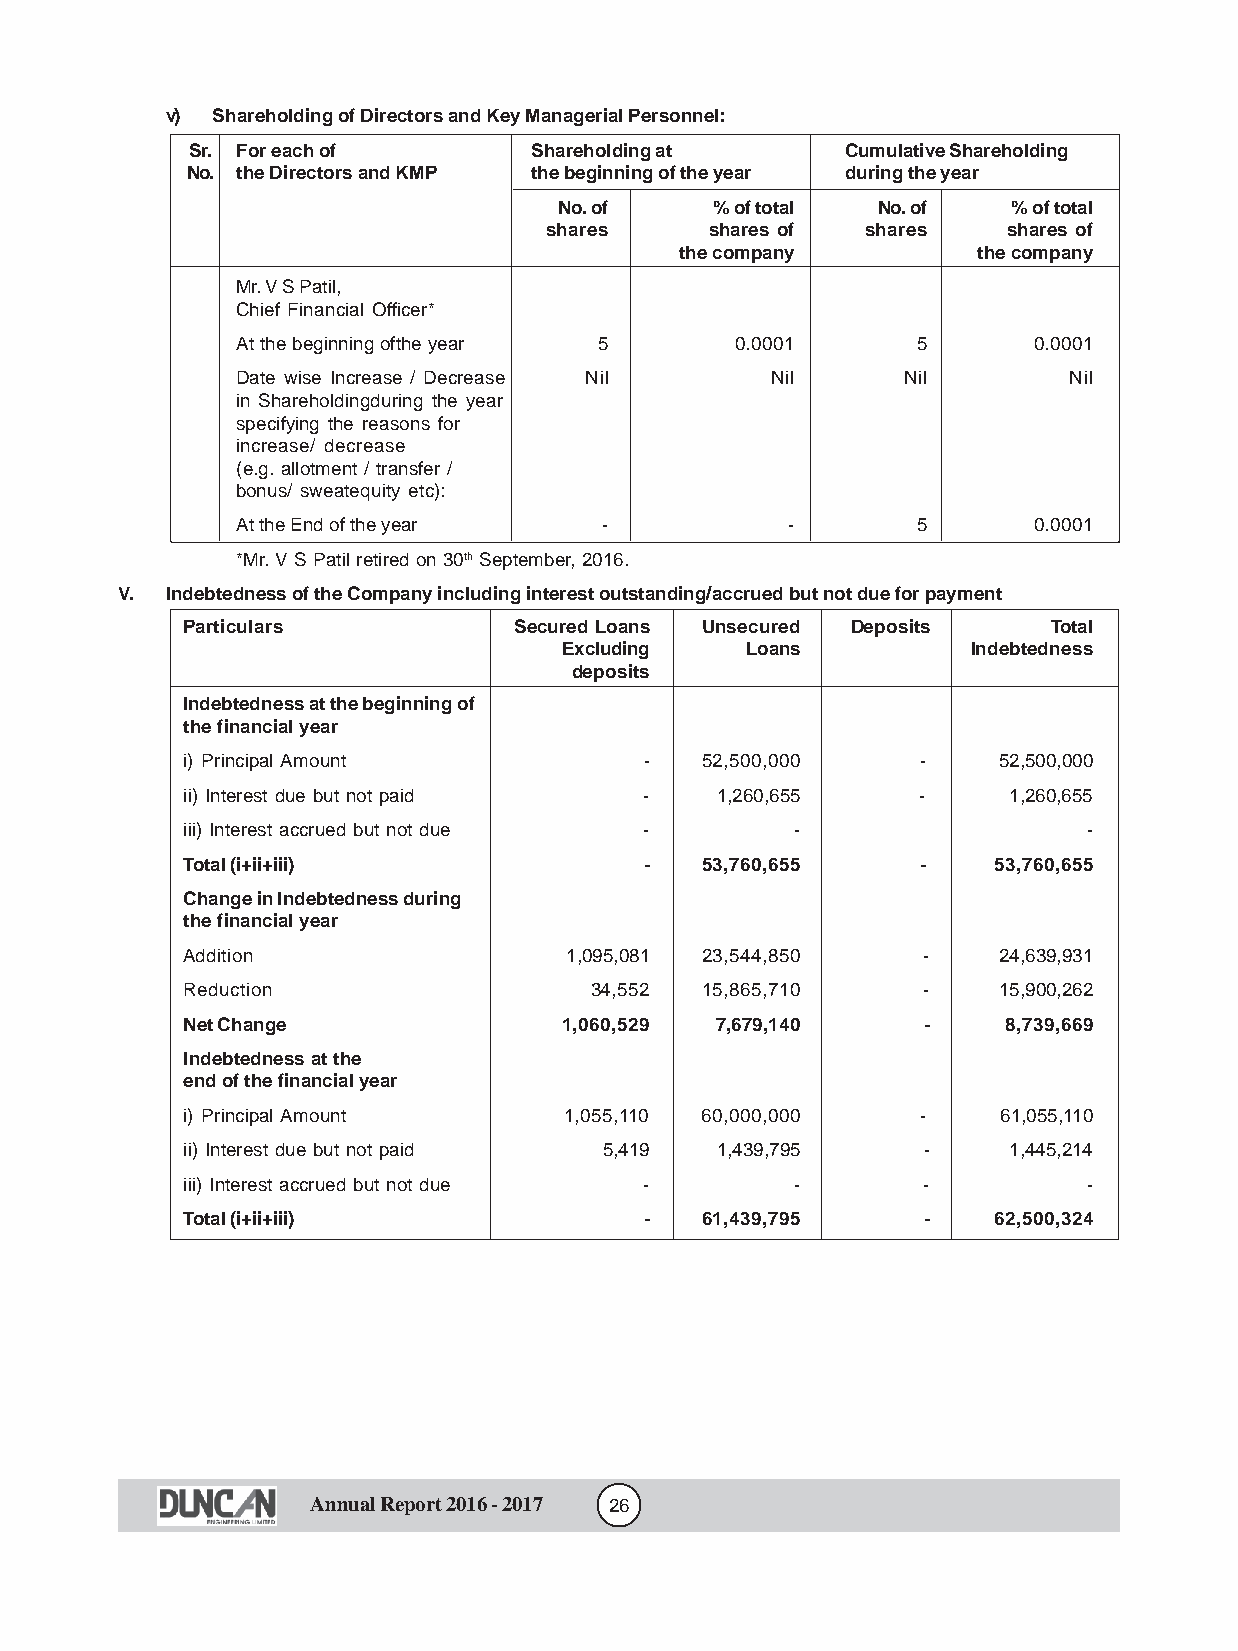
v) Shareholding of Directors and Key Managerial Personnel:
 Sr. For each of       Shareholding at      Cumulative Shareholding
 No. the Directors and KMP the beginning of the year during the year
 No. of    % of total No. of   % of total
 shares     shares of shares    shares of
 the company         the company
 Mr. V S Patil,
 Chief Financial Officer*
 At the beginning ofthe year 5    0.0001      5      0.0001
 Date wise Increase / Decrease Nil  Nil      Nil        Nil
 in Shareholdingduring the year
 specifying the reasons for
 increase/ decrease
 (e.g. allotment / transfer /
 bonus/ sweatequity etc):
 At the End of the year  -           -        5      0.0001
 *Mr. V S Patil retired on 30th September, 2016.
 V. Indebtedness of the Company including interest outstanding/accrued but not due for payment
 Particulars           Secured Loans Unsecured Deposits    Total
 Excluding   Loans          Indebtedness
 deposits
 Indebtedness at the beginning of
 the financial year
 i) Principal Amount            -  52,500,000     -    52,500,000
 ii) Interest due but not paid  -   1,260,655     -     1,260,655
 iii) Interest accrued but not due -      -                  -
 Total (i+ii+iii)               -  53,760,655     -    53,760,655
 Change in Indebtedness during
 the financial year
 Addition                 1,095,081 23,544,850    -    24,639,931
 Reduction                  34,552 15,865,710     -    15,900,262
 Net Change               1,060,529 7,679,140     -     8,739,669
 Indebtedness at the
 end of the financial year
 i) Principal Amount      1,055,110 60,000,000    -    61,055,110
 ii) Interest due but not paid 5,419 1,439,795    -     1,445,214
 iii) Interest accrued but not due -      -       -          -
 Total (i+ii+iii)               -  61,439,795     -    62,500,324
 Annual Report 2016 - 2017 26